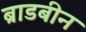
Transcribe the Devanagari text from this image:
ब्राडबीन